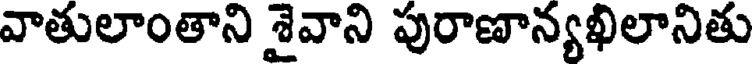
వాతులాంతాని శైవాని పురాణాన్యఖిలానితు